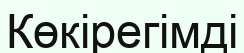
Көкірегімді